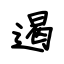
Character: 遏